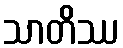
သာတိဿ